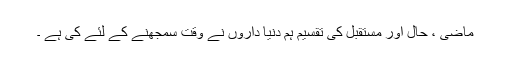
ماضی ، حال اور مستقبل کی تقسیم ہم دنیا داروں نے وقت سمجھنے کے لئے کی ہے ۔